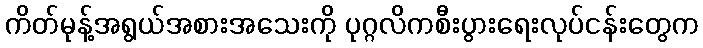
ကိတ်မုန့်အရွယ်အစားအသေးကို ပုဂ္ဂလိကစီးပွားရေးလုပ်ငန်းတွေက